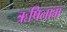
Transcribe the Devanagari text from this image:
ऋषिनाम